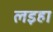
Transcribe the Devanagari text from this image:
लइहा